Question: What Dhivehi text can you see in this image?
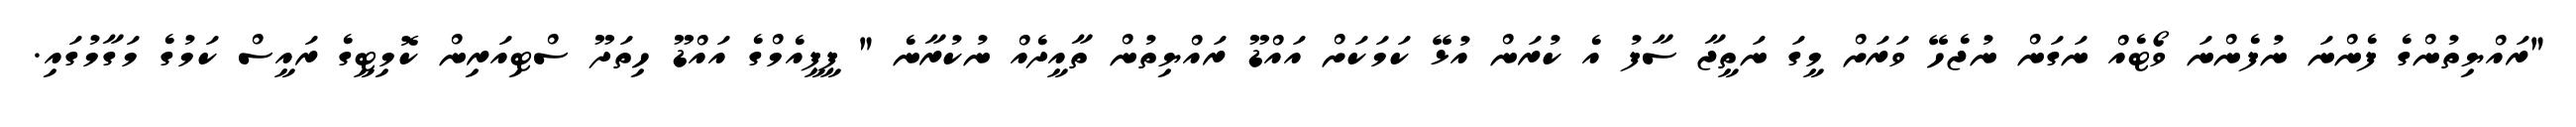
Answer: "ރައްޔިތުންގެ ފެންނަ ނުފެންނަ ވޯޓެއް ނަގަން ނުޖެހޭ ވަރަށް މީގަ ނަތީޖާ ސާފު އެ ކުރަން އުޅޭ ކަމަކަށް އައްޑޫ ރައްޔިތުން ތާއީދެއް ނުކުރާނެ " ޕީޕީއެމްގެ އައްޑޫ ހިތަދޫ ސްޓިއަރިން ކޮމިޓީގެ ރައީސް ކަމުގެ މަގާމުގައި.